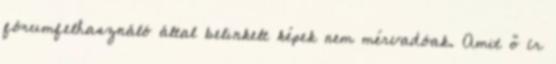
fórumfelhasználó által belinkelt képek nem mérvadóak. Amit ő ír